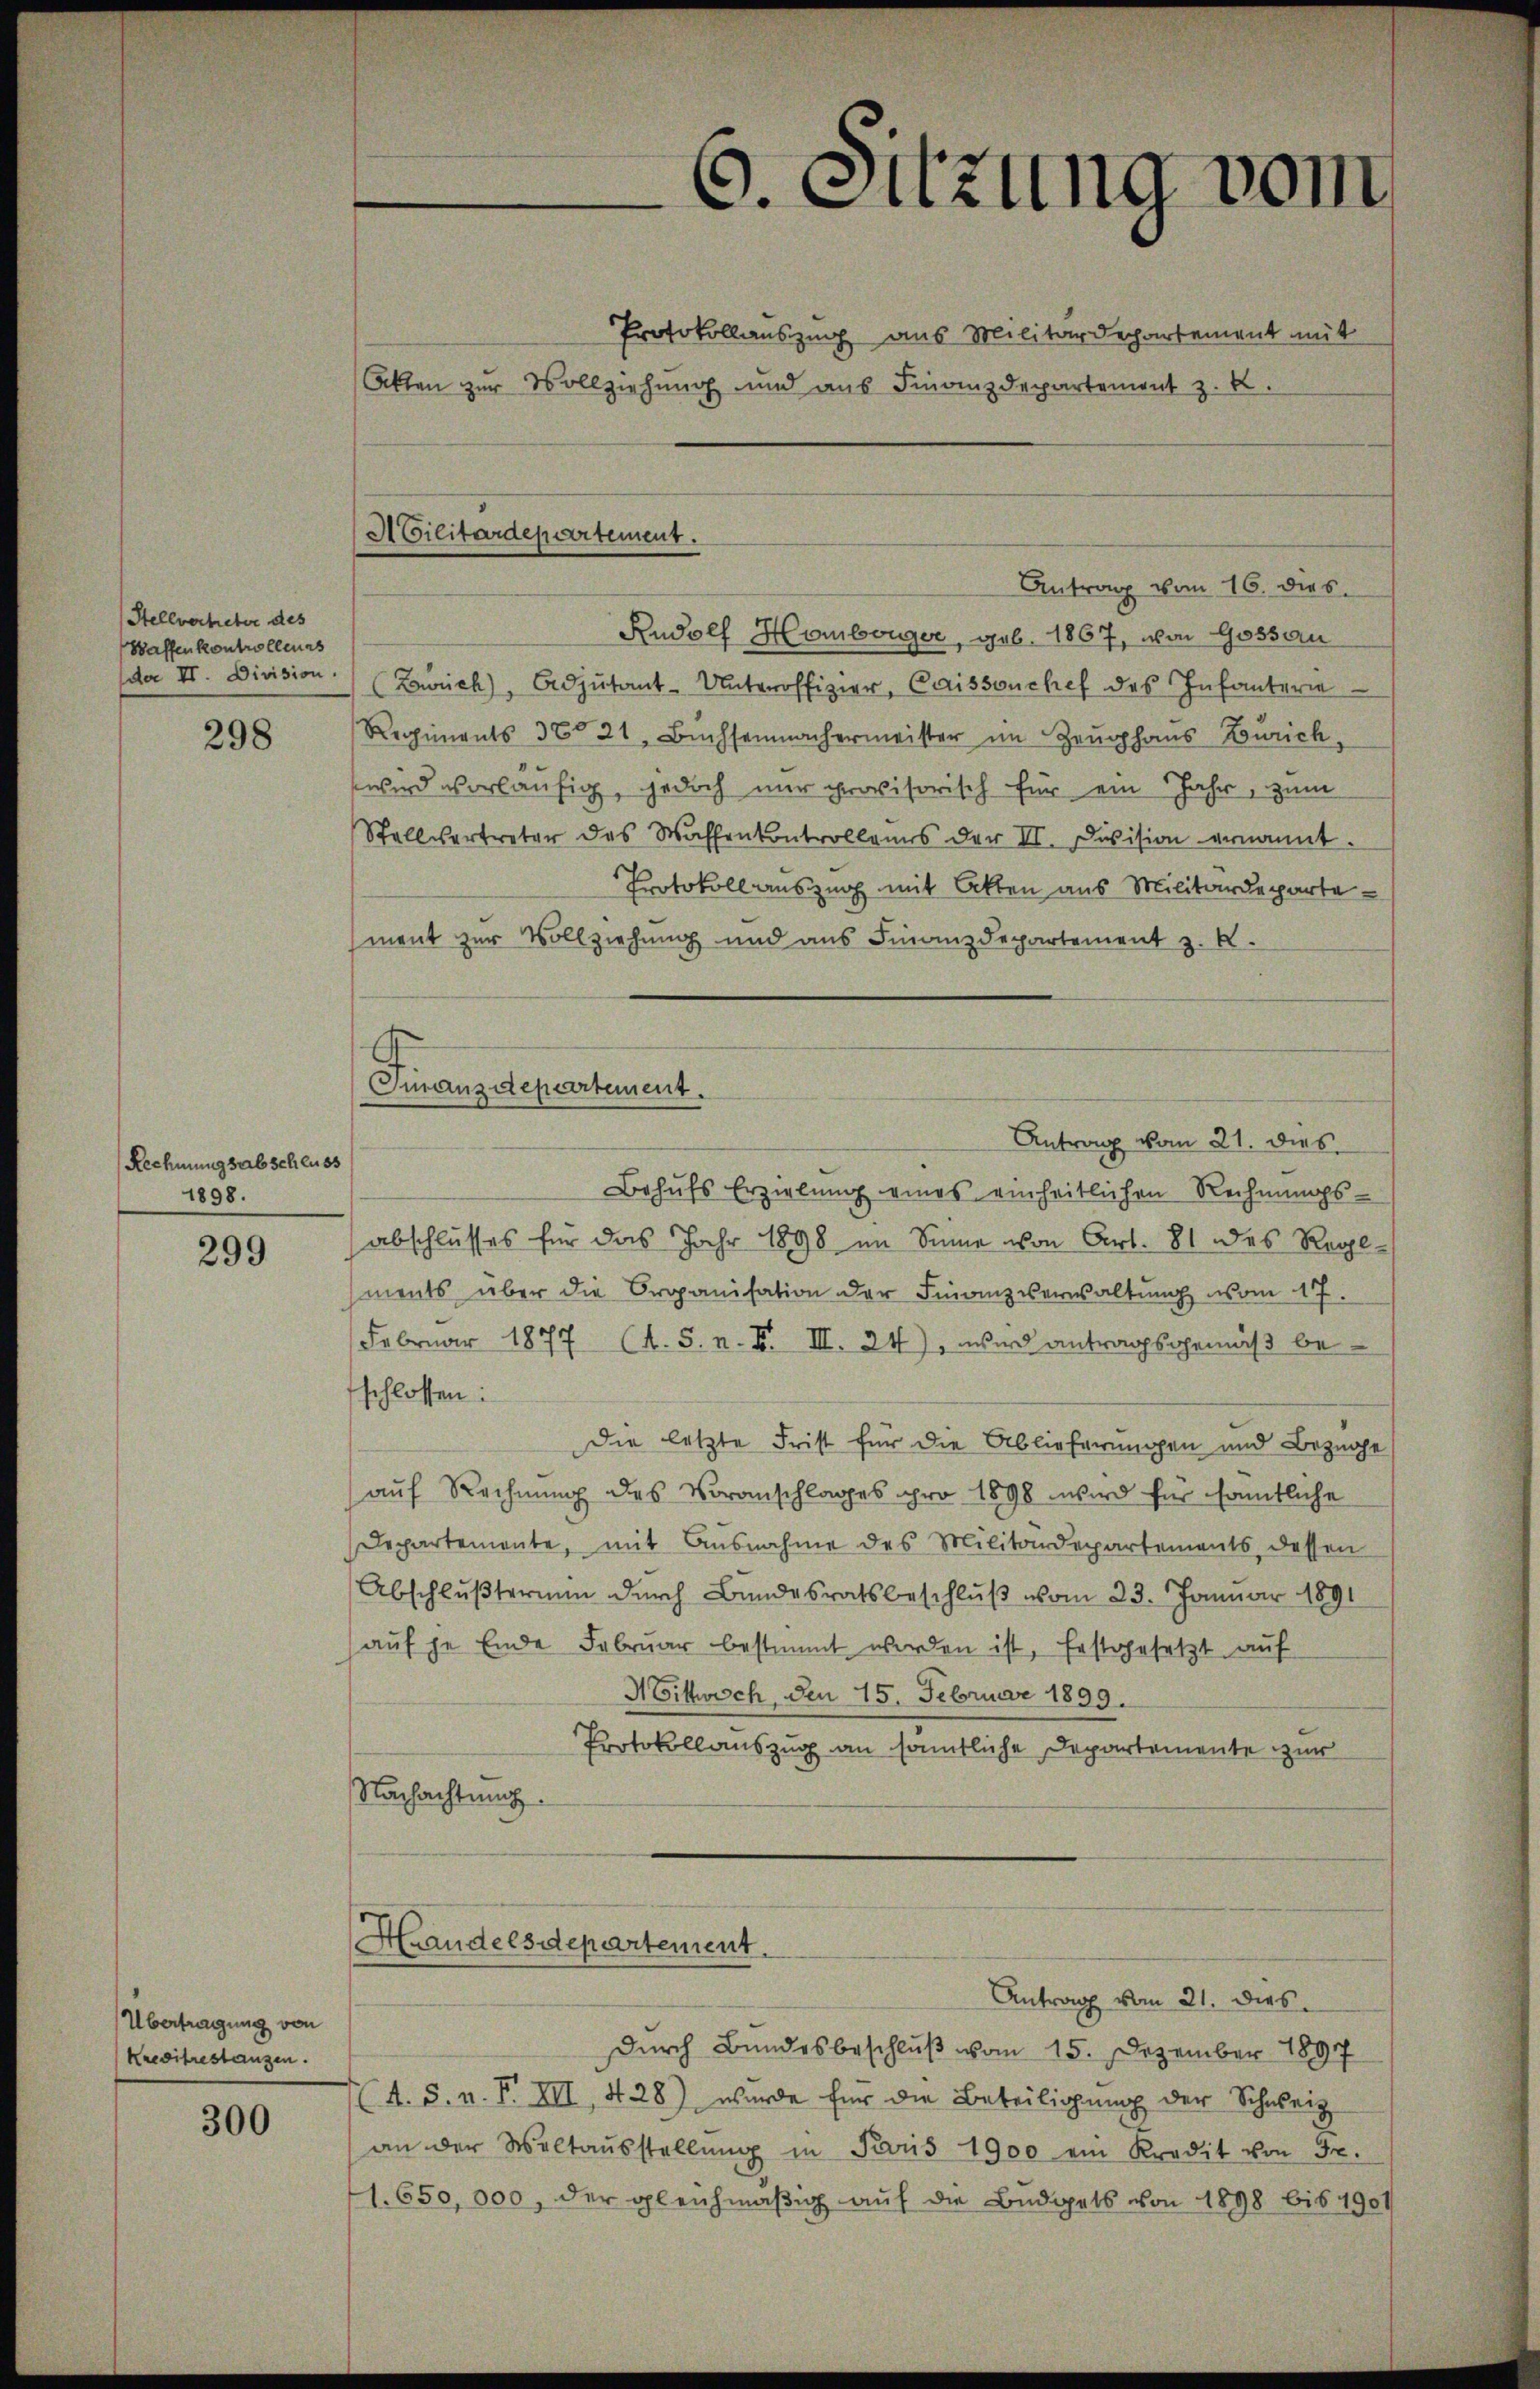
Stellverheber des
Waffenkontrolleurs
de II. Division.

298

Rechnungsabschluss
1898.

299

Übertragung von
Kredibrestanzen.

300

ACilitärdepartement.

Turanzdepartement.

Protokollauszug aus Militärdechartement mit
Akten zur Vollziehung und aus Finanzdepartemont z. B.

Rudolf Hombouger, geb. 1867, von Gossau
(Zürich, Adjutant-Unteroffizier, Caissanchef des Infanterie
Regiments 321, Büchsenmachermeister im Zeughaus Zürich,
wird vorläufig, jedoch nur provisorisch für ein Jahr, zum
Stellvertreter des Waffenkontrollens der II. Division ernannt
Protokoll auszug mit Akten aus Militärdeparte
ment zur Vollziehung und aus Finanzdepartement z. B.
Behŭfs Erzielung eines einheitlichen Rechnŭngs-
abschlusses für das Jahr 1898 im Sinne von Art. 81 des Reglments über die Organisation der Finanzverwaltŭng vom 17.
Februar 1877 (A. S. n. F. III. 24), wird antragsgemäß be
schlossen:
Die letzte Frist für die Ablieferungen und Bezuge
aŭf Rechnung des Voranschlages pro 1898 wird für samtliche
Departemente, mit Ausnahme des Militärdepartements dessen
Abschlußterung durch Bundesratsbeschluß vom 23. Januar 1891
aŭf je Ende Februar bestimmt werden ist, Erstgesetzt auf
H bittwoch, den 15. Februar 1899.
Protokollauszug an sämmtliche Departemente zur
Nachachtung.

Hrandelsdepartement.

G. Sitzung vom

Antrag vom 16. dies

Antrag vom 21. dies

Durch Bundesbeschluß vom 15. Dezember 1897
(A. S. n. F. III 428) wurde für die Beteiligung der Schweiz
an der Weltaŭsstellŭng in Paris 1900 ein Kredit von Fr.
1. 650,000, der gleichmäßig auf die Budgets von 1898 bis 1901

Antrag vom 21. dies